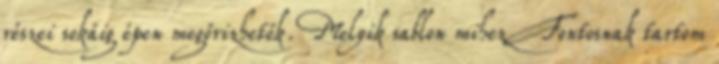
részei sokáig épen megőrizhetők. Melyik sablon mihez Fontosnak tartom